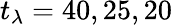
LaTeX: t_{\lambda}=40,25,20